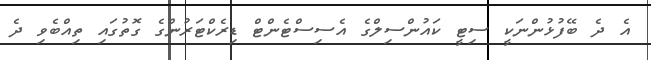
އެ ދެ ބޭފުޅުންނަކީ ސިޓީ ކައުންސިލްގެ އެސިސްޓެންޓް ޑިރެކްޓަރުންގެ ގޮތުގައި ތިއްބެވި ދެ